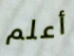
أعلم